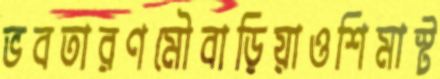
ভবতারণমৌবাড়িয়াওশিমাস্ট